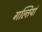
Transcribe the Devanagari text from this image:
गल्तियां